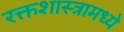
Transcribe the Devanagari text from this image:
रक्तशास्त्रामध्ये